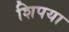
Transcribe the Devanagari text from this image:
शिपया